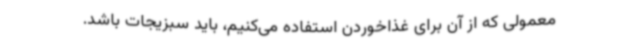
معمولی که از آن برای غذاخوردن استفاده می‌کنیم، باید سبزیجات باشد.